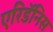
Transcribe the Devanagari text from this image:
एरिडॅनिस